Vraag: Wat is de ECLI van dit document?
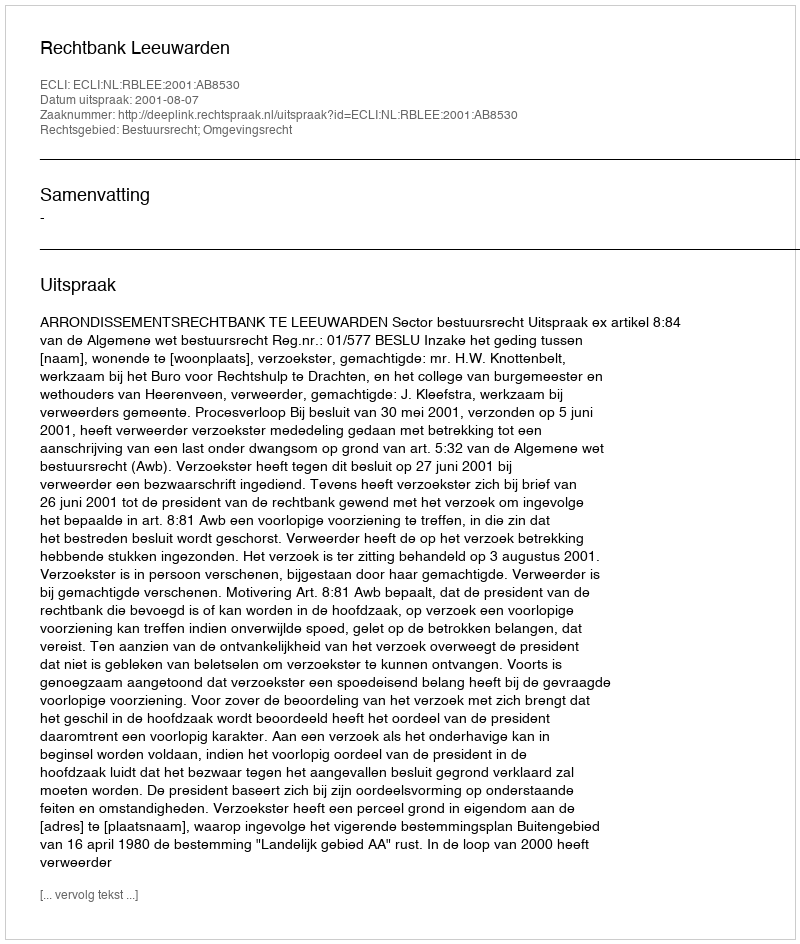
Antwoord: ECLI:NL:RBLEE:2001:AB8530